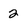
Character: 2